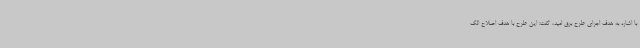
با اشاره به هدف اجرای طرح برق امید، گفت: این طرح با هدف اصلاح الگ